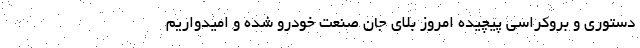
دستوری و بروکراسی پیچیده امروز بلای جان صنعت خودرو شده و امیدواریم